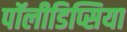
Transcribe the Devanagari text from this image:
पॉलीडिप्सिया